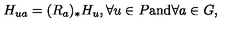
H _ { u a } = ( R _ { a } ) _ { * } H _ { u } , \forall u \in P \mathrm { a n d } \forall a \in G ,